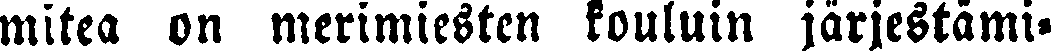
mitea on merimiesten kouluin järjestämi-